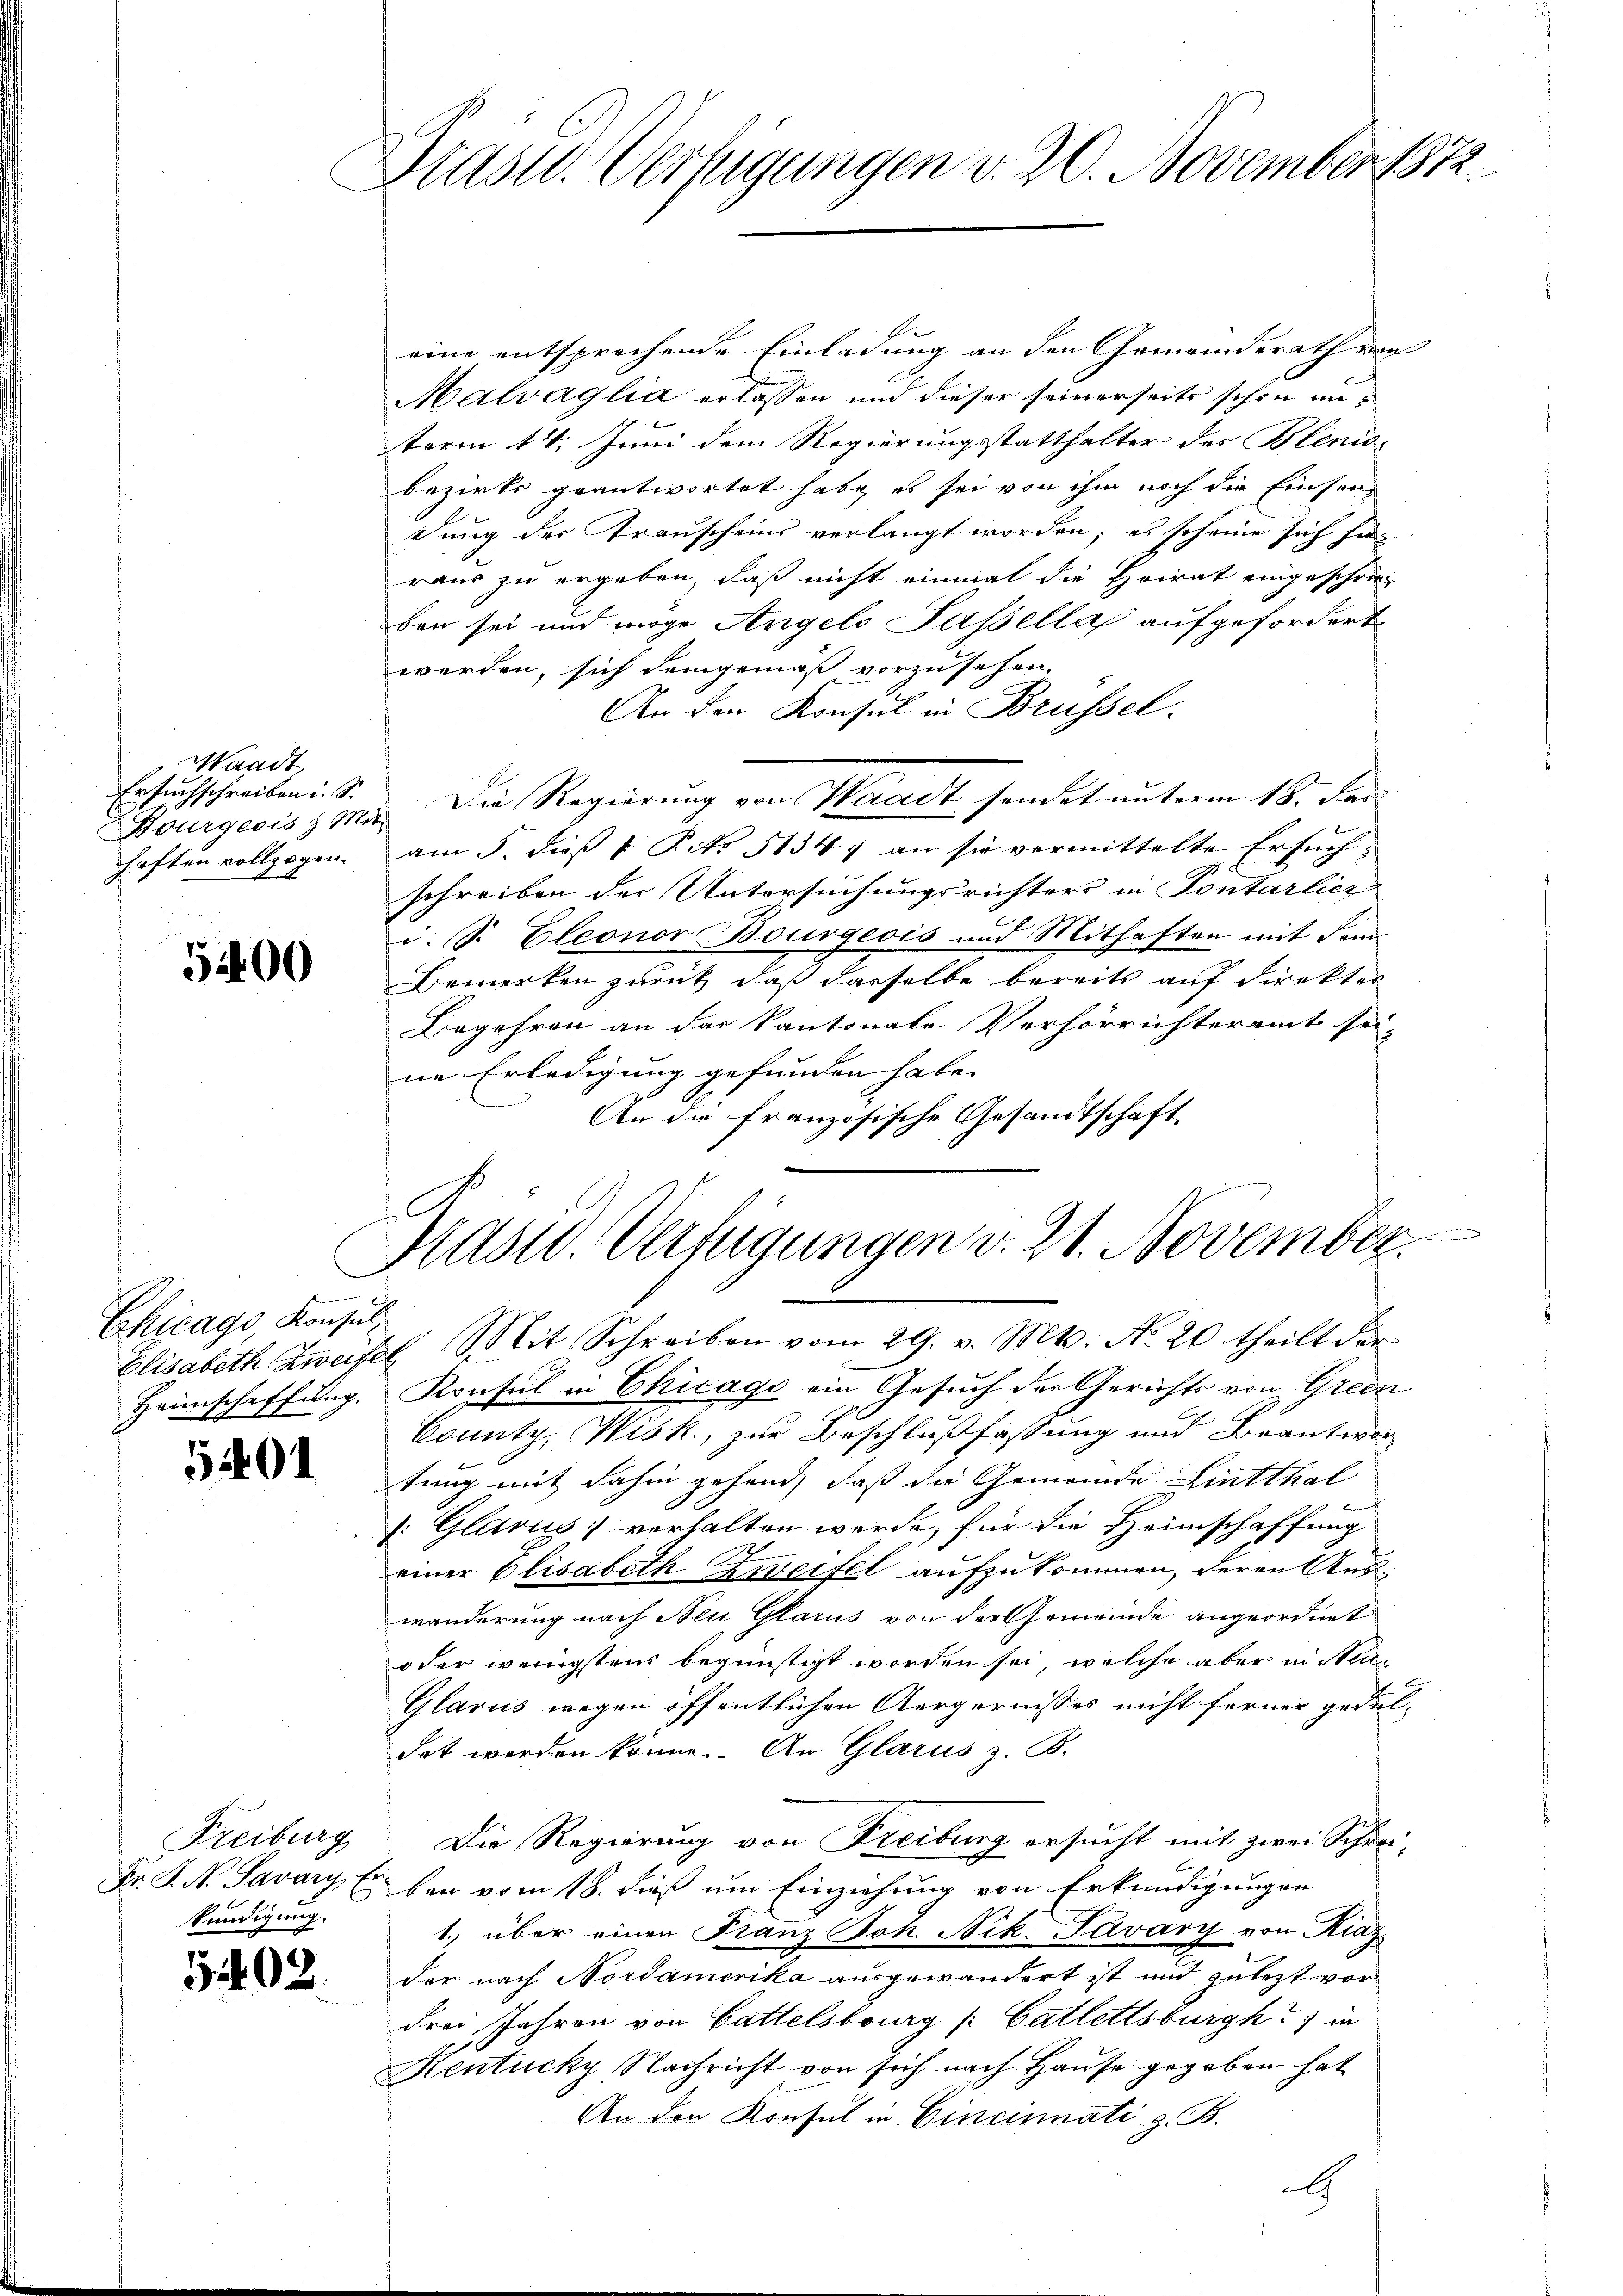
Waadt
Ersuchschreiben i. S.
haften vollzogen.

5400

Chicago, Konsul
Heimschaffung.

5401

Freiburg
kündigung.

5402.

Grast. Verfügungen v. 20. November 1872.

eine entsprochende Einladung an den Gemeinderath von
Malvaglia erlassen und dieser seinerseits schon unterm 14. Juni dem Regierungsstatthalter des Bleniobezirks geantwortet habe, es sei von ihm noch die Einsendung der Trauscheins verlangt worden; es scheine sich hier
raus zu ergeben, daß nicht einmal die Heirat eingeschrie
ben sei und möge Angelo Passella aufgefordert.
werden, sich demgemäß vorzusehen.
An den Konsul in Brüssel.
Bourgeois 3 M. Die Regierung von Waadt sendet unterm 18. Das
am 5. dieß 1 Ro. 51347 an sie vermittelte Ersuch,
schreiben der Untersuchungsrichters in Pontarlier
d. S. Eleonor Bourgeois und Mithaften mit dem
Bemerken zurück, daß dasselbe bereits auf direkter
Begehren an das kantonale Verhörrichteramt sei-
ne Erledigung gefunden habe. |
An die französische Gesandtschaft

Nast. Verfügungen v. 21. November.

Elisabeth Zweifel Mit Schreiben vom 29. v. Mts. No. 20 theilt der
Konsul in Chicago ein Gesuch der Gerichts von Green
County, Wisk., zur Beschlußfassung und Beantwor
tung mit dahin gehend, daß die Gemeinde Lintthal
: Glarus verhalten werde, für die Heimschaffung
einer Elisabeth Zweifel aufzukommen, deren Auswanderung nach Neu Glarus von der Gemeinde angeordnet
oder wenigstens begünstigt worden sei, welche aber in Stei¬
Glarus wegen öffentlichen Aergernisses nicht ferner geduldet werden könne. An Glarus z. B.
Die Regierung von Freiburg ersucht mit zwei Schrei-
Fr. K. N. Savary, Eben vom 18. dieß um Einziehung von Erkundigungen
1.) über einen Franz Joh. Nik. Paváry von Kiaz
der nach Nordamerika ausgewandert ist und zulezt vor
drei Jahren von Gattelsburg [Catlettsburgh) in
Kentucky Nachricht von sich nach Hause gegeben hat
An den Konsul in Cincinnati z. B.
G